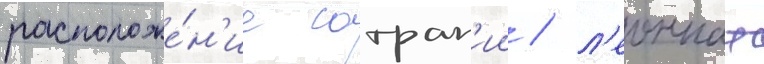
расположе́н'ие сатрап'ии / л'еоннат